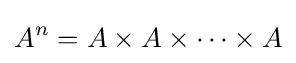
A^{n}=A\times A\times \cdots \times A